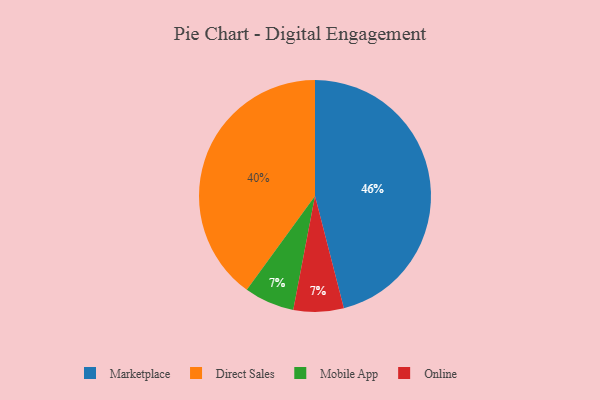
{"axis": {"x": "Category", "y": "Percentage"}, "legend": ["Direct Sales", "Marketplace", "Mobile App", "Online"], "data": [{"x": "Mobile App", "y": 7, "type": "Mobile App"}, {"x": "Marketplace", "y": 46, "type": "Marketplace"}, {"x": "Online", "y": 7, "type": "Online"}, {"x": "Direct Sales", "y": 40, "type": "Direct Sales"}]}